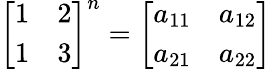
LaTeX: {\left[\begin{array}{ll}{1}&{2}\\ {1}&{3}\end{array}\right]}^{n}={\left[\begin{array}{ll}{a_{11}}&{a_{12}}\\ {a_{21}}&{a_{22}}\end{array}\right]}